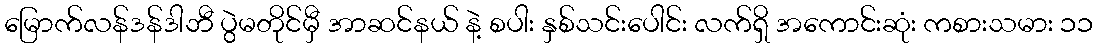
မြောက်လန်ဒန်ဒါဘီ ပွဲမတိုင်မှီ အာဆင်နယ် နဲ့ စပါး နှစ်သင်းပေါင်း လက်ရှိ အကောင်းဆုံး ကစားသမား ၁၁